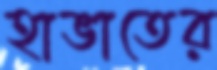
হাভাতের